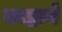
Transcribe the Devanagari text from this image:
काष्ठाने